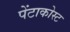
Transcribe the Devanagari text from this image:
पेंटाकोस्ट